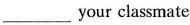
___your classmate